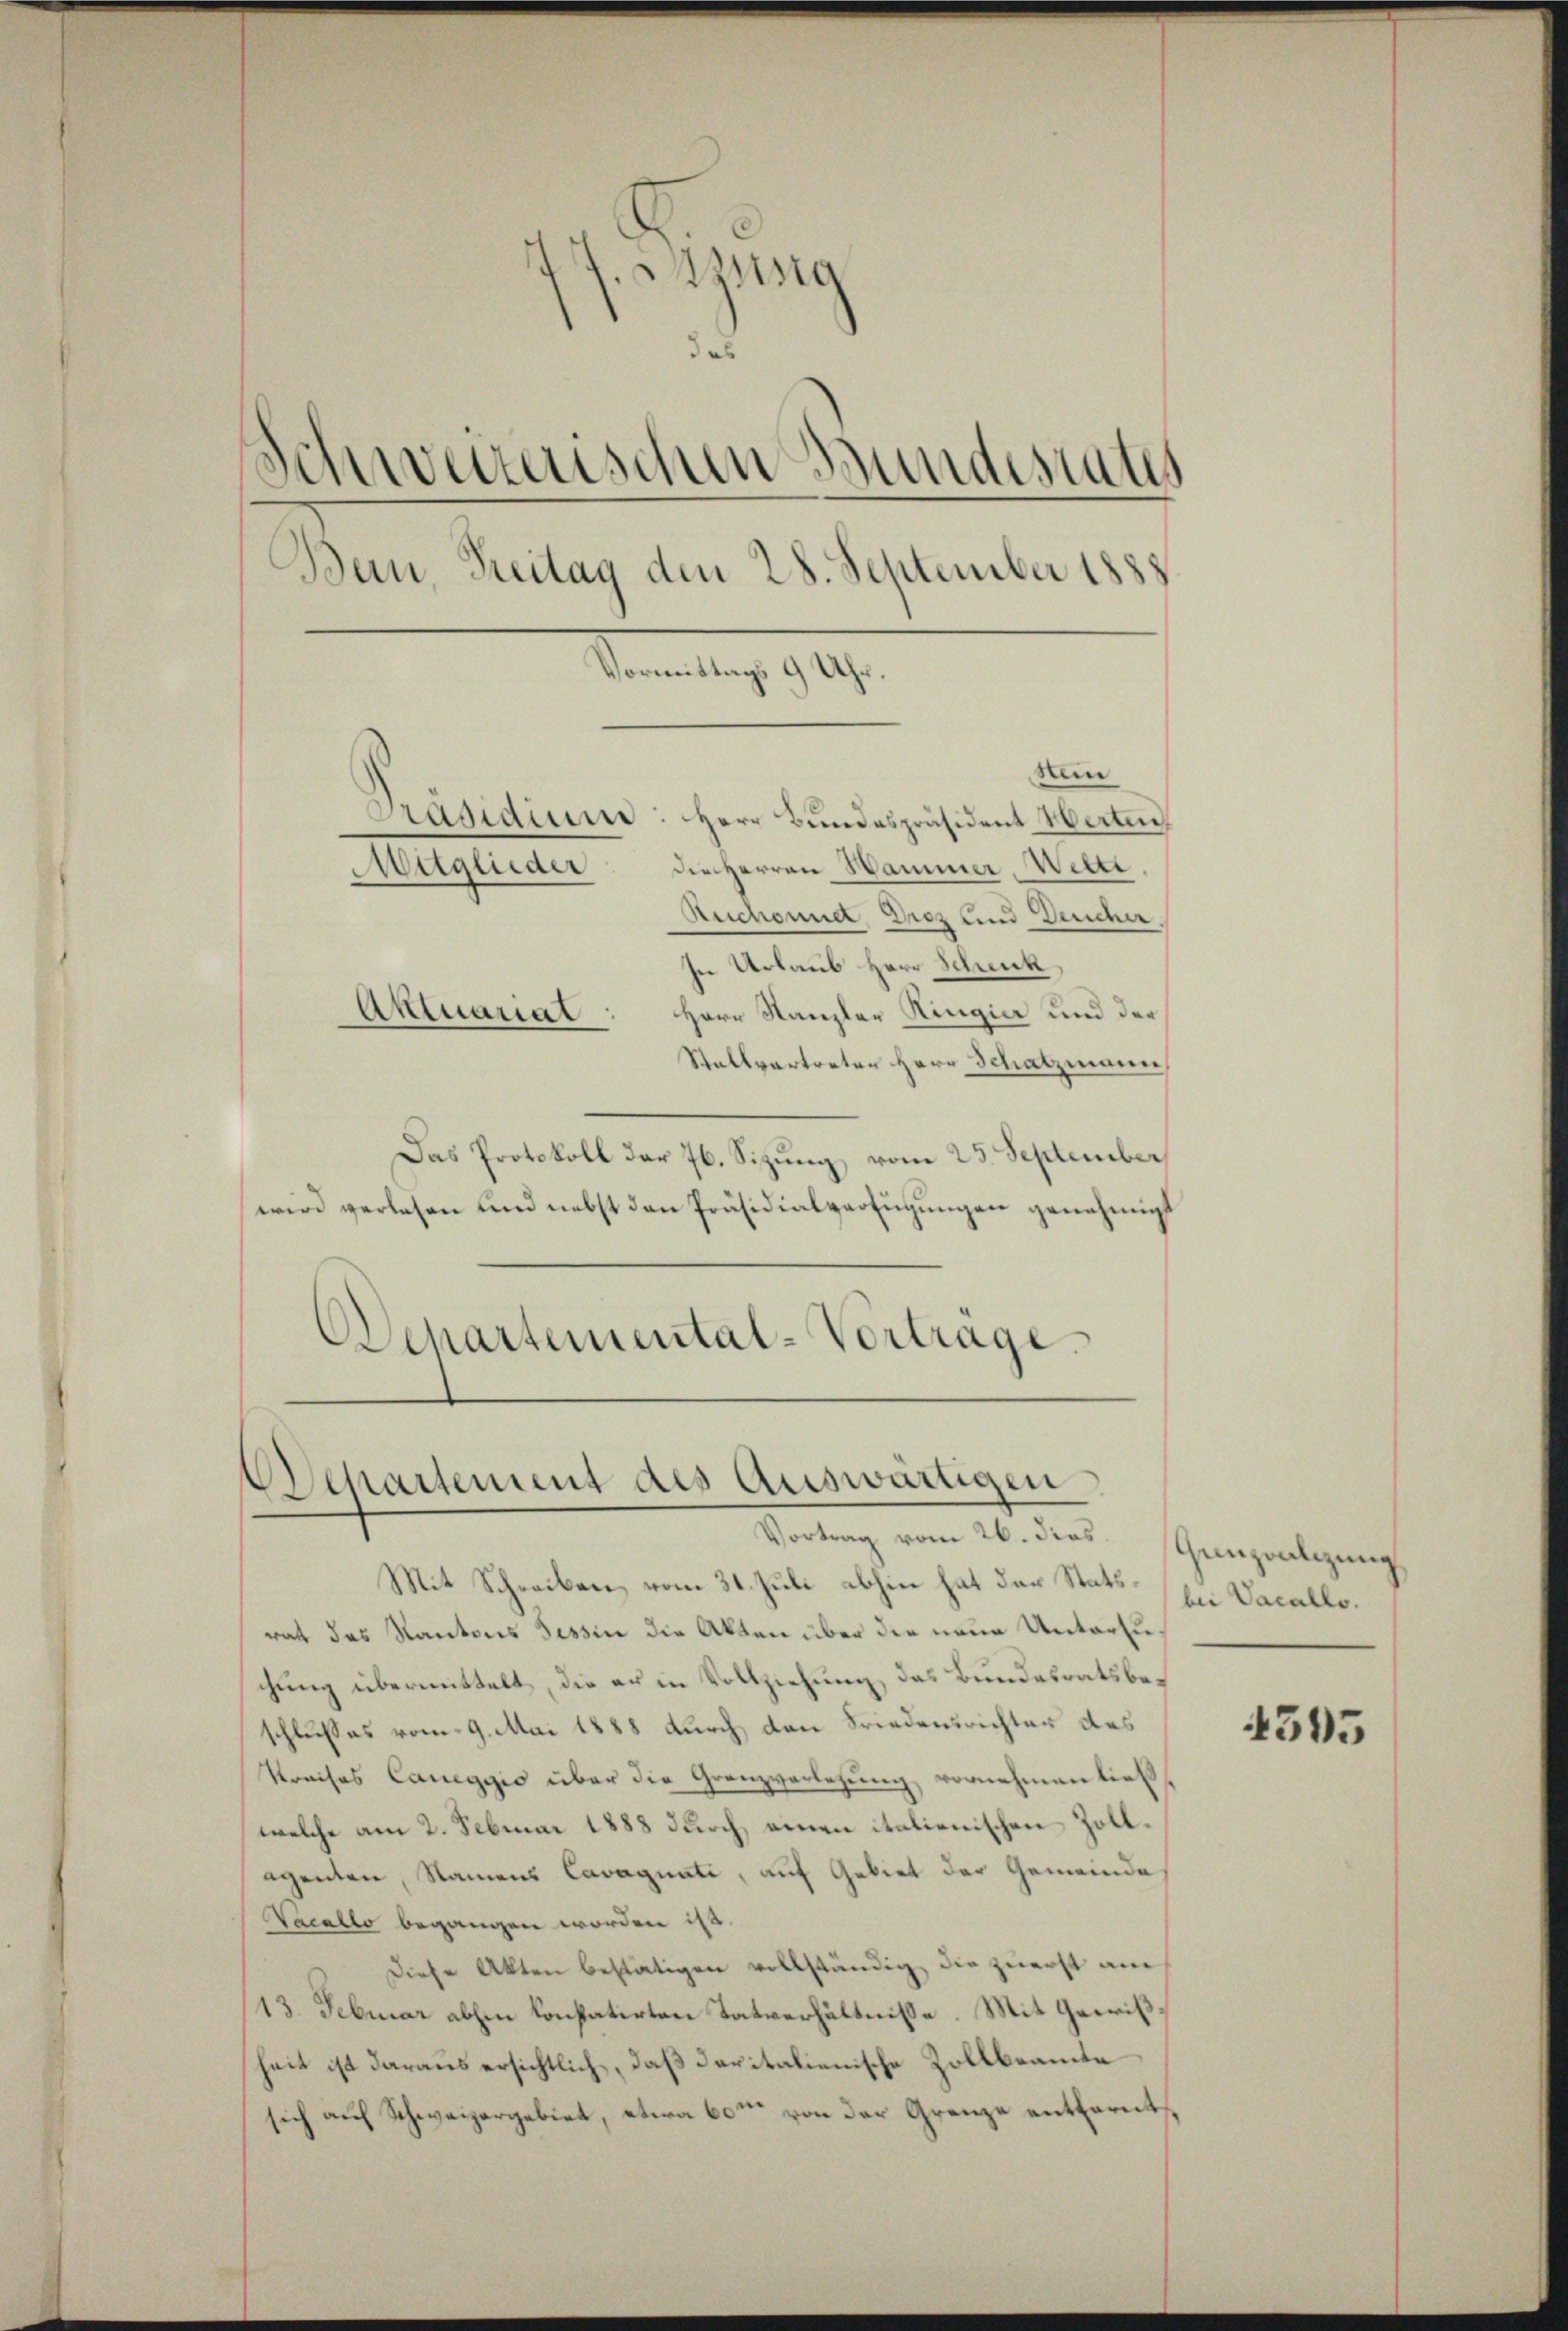
f. Assig
das
Schweizerischen Bundestatus
Bern, Reitag den 28. September 1888
Vormittags 9 Uhr.
Hein
Präsidium: Herr Bundespräsident Werten
Muglieder die Herren Hammer Welti,
Ruchennet, Droz und Deucher.
In Urlaub Herr Schenk
Herr Kanzler Ringier und der
Aktuariat
Stallvertreter Herr Schatzmann

Das Protokoll der 76. Sizung vom 25. September
wird verlesen und nebst den Präsidialverfügungen genehmigt
Departemental-Vortrage

Departement des Auswärtigen
Vortrag vom 26. dies

Mit Schreiben vom 31. Juli abhin hat der Statsrat das Kantons Tessin die Akten über die neue Untersuchung übermittelt, die er in Vollziehung, das Bundesratsbeschlußes vom 9. Mai 1888 durch den Friedensrichter des
Kreises Caneggio über die Grenzverlegung vornehmen ließ
welche am 2. Februar 1888 durch einen italienischen Zollegenten, Namens Cavagnati, auf Gebiet der Gemeinde
Vacallo begangen worden ist.
Diese Akten bestätigen vollständig, die zuerst am
13. Februar abhin konstatirten Tatverhältnisse. Mit Gewißheit ist daraus ersichtlich, daß daritalienische Zollbeamte
sich auf Schweizergebiet, etwa 60m von der Grenze entfernt

Grenzwalczung
bei Vacallo.

4505